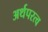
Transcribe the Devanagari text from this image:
अर्थपरत्व